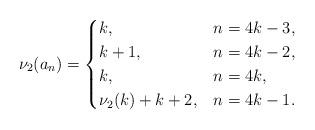
LaTeX: \begin{align*}\nu_{2}(a_{n}) = \begin{cases}k, & n = 4k-3, \\k+1, & n = 4k-2, \\k, & n = 4k, \\\nu_{2}(k) + k + 2, & n = 4k-1.\end{cases}\end{align*}